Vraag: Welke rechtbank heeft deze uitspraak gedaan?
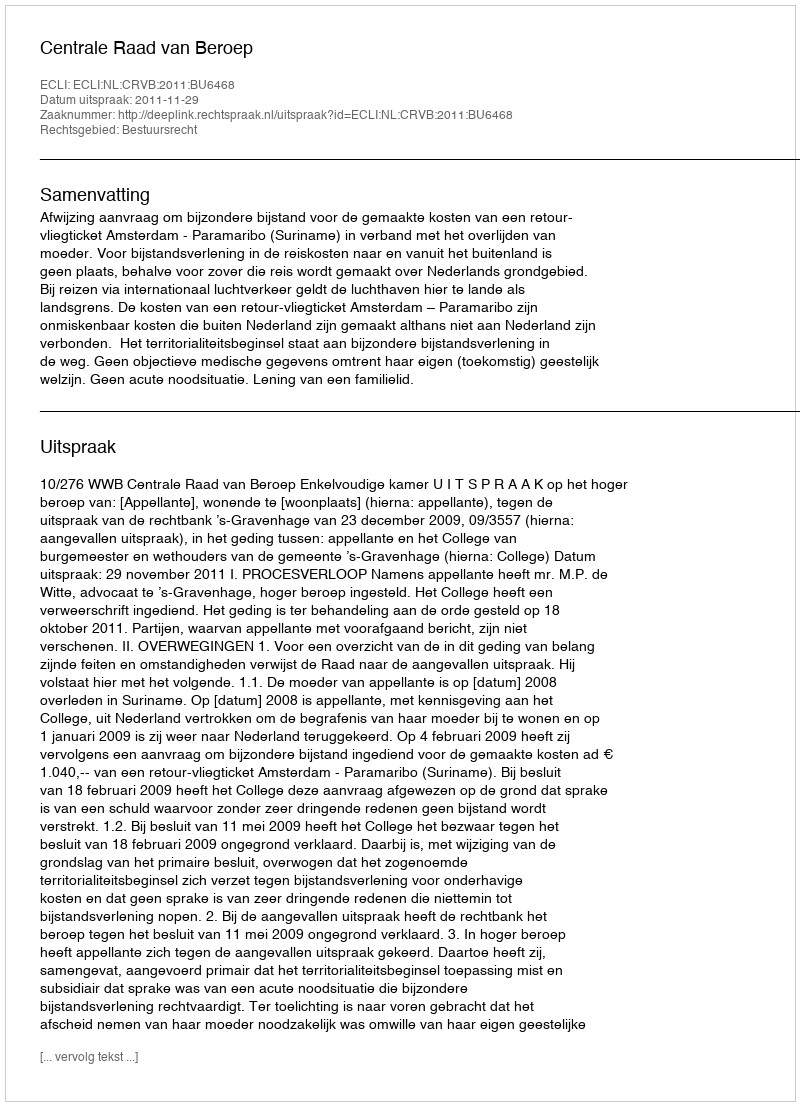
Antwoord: Centrale Raad van Beroep